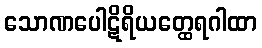
သောဏပေါဋိရိယတ္ထေရဂါထာ